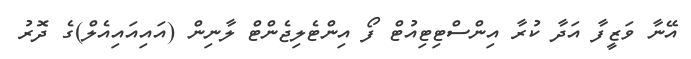
އޭނާ ވަޒީފާ އަދާ ކުރާ އިންސްޓިޓިއުޓް ފޯ އިންޓެލިޖެންޓް ލާނިން (އައިއައިއެލް)ގެ ދޮރު